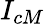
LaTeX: I_{cM}